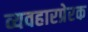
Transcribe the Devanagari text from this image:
व्यवहारप्रेरक